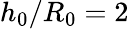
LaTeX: h_{0}/R_{0}=2